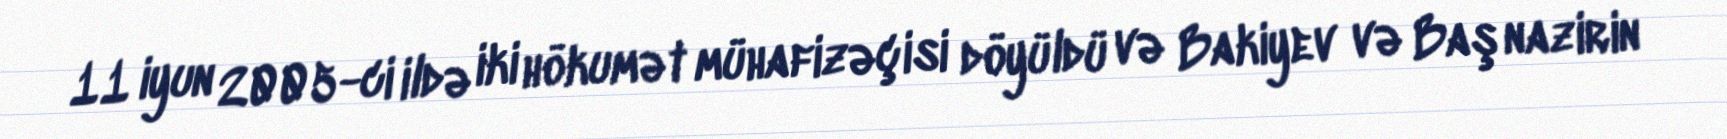
11 iyun 2005-ci ildə iki hökumət mühafizəçisi döyüldü və Bakiyev və Baş nazirin